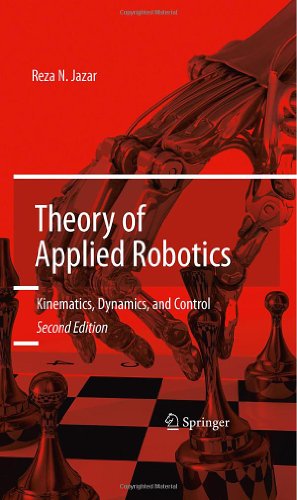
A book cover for Theory of Applied Robotics: Kinematics, Dynamics, and Control (2nd Edition); Reza N. Jazar; Computers & Technology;